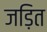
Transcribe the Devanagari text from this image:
जड़ित